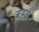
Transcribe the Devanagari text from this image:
बडज़